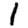
Digit: 1